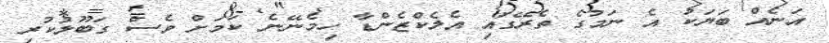
އަނެއް ބަޔަކު އެ ނަމުގެ ތެރޭގައި އެލެކްޒެންޑާ ހިމެނޭނެ ކަމަށް ވެސް ގަބޫލުކުރި